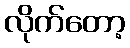
လိုက်တော့